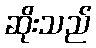
ဆိုးသည်